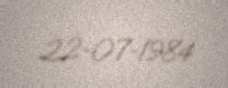
22-07-1984